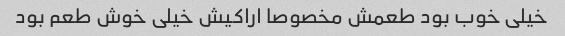
خیلی خوب بود طعمش مخصوصا اراکیش خیلی خوش طعم بود